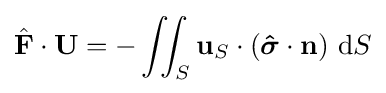
{\hat {\mathbf {F} }}\cdot \mathbf {U} =-\iint _{S}\mathbf {u} _{S}\cdot ({\boldsymbol {\hat {\sigma }}}\cdot \mathbf {n} )~\mathrm {d} S